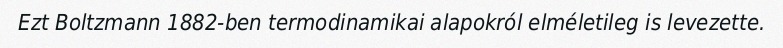
Ezt Boltzmann 1882-ben termodinamikai alapokról elméletileg is levezette.